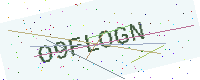
Text: O9FLOGN